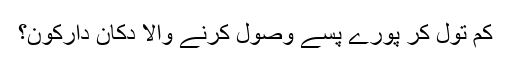
کم تول کر پورے پسے وصول کرنے والا دکان دارکون؟